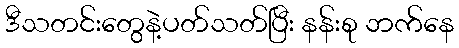
ဒီသတင်းတွေနဲ့ပတ်သတ်ပြီး နန်းစု ဘက်နေ